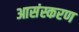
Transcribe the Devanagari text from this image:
आसंस्करण